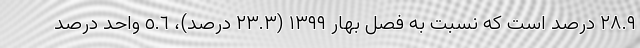
٢٨.٩ درصد است که نسبت به فصل بهار ١٣٩٩ (٢٣.٣ درصد)، ٥.٦ واحد درصد